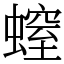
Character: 螲